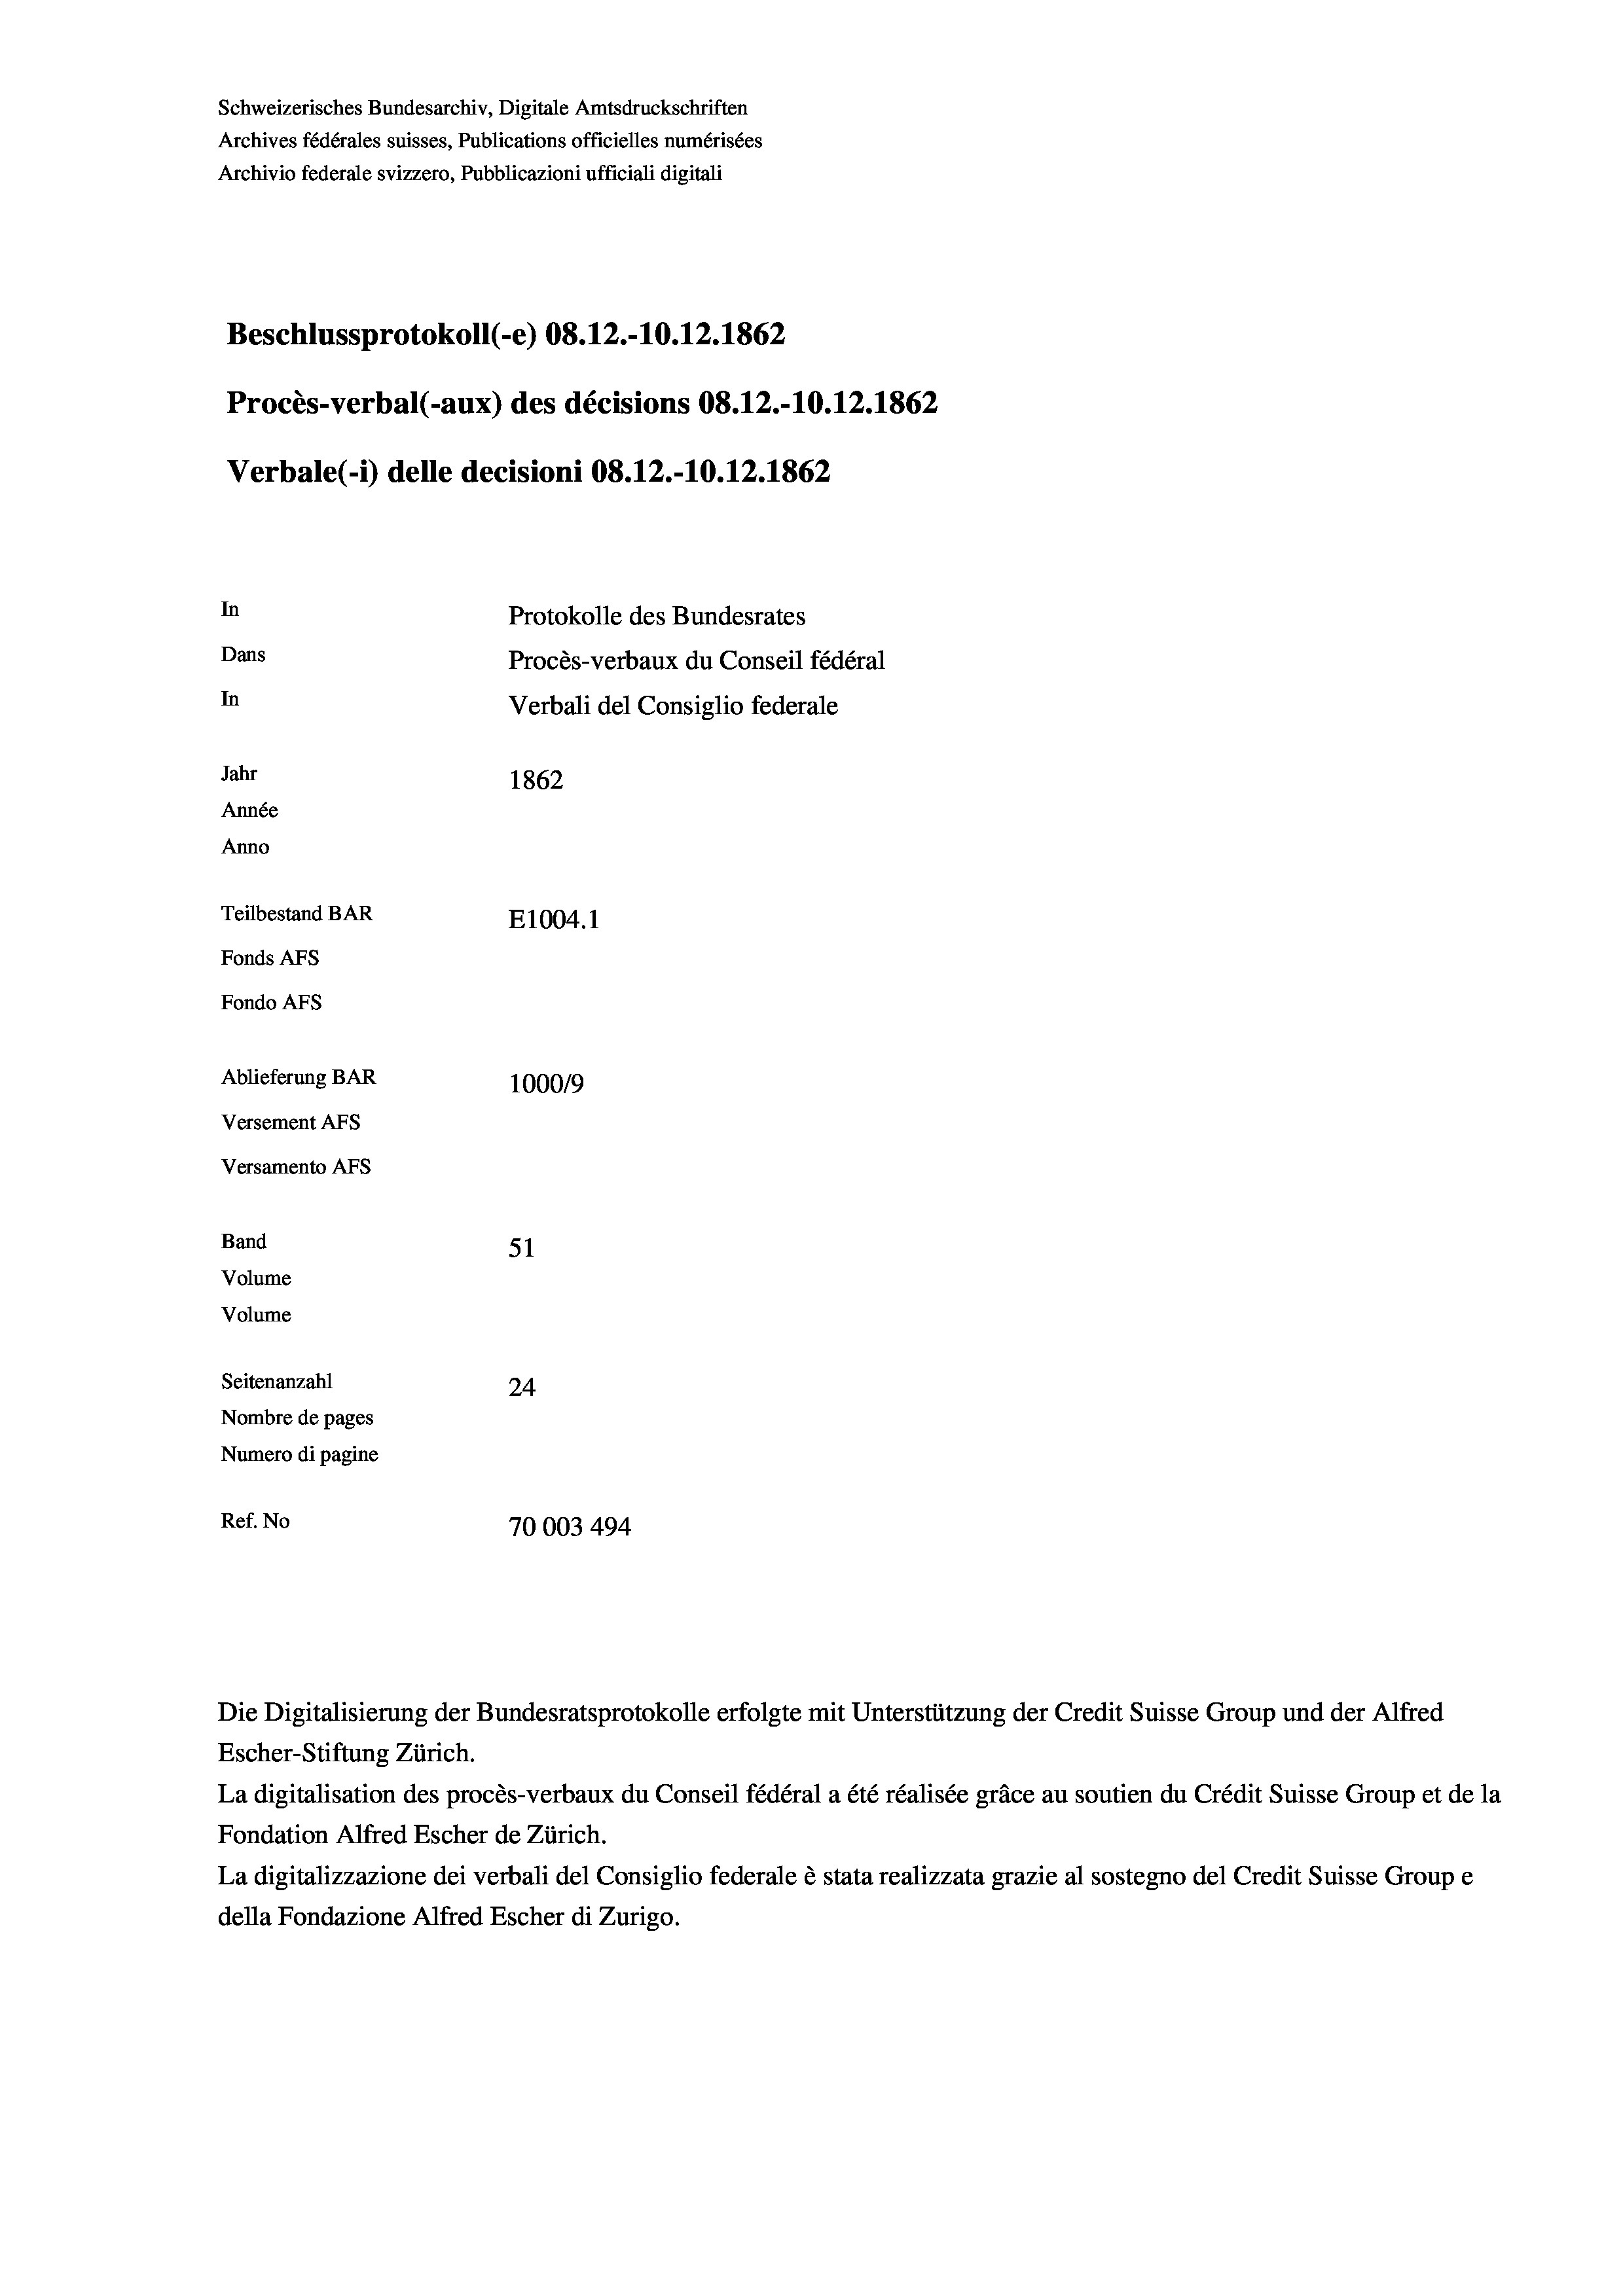
Schweizerisches Bundesarchiv, Digitale Amtsdruckschriften
Archives fédérales suisses, Publications officielles numérisées
Archivio federale svizzero, Pubblicazioni ufficiali digitali
Beschlussprotokoll (-e) 08.12.-10.12.1862
Procès-verbal (-aux) des décisions 08.12.-10.12.1862
Verbale(-*) delle decisioni 08. 12.-10. 12. 1862
In
Protokolle des Bundesrates
Dans
Procès-verbaux du Conseil fédéral
In
Verbali del Consiglio federale
Jahr
1862
Année
Anno
Teilbestand BAR
E1004. 1
Fonds AFs
Fondo AFs
Ablieferung BAR
1000/9
Versement AFs
Versamento Afs
Band
51
Volume
Volume
Seitenanzahl
24

Nombre de pages
Numero di pagine
Ref. No
70003 494

Escher-Stiftung Zürich.
La digitalisation des procès-verbaux du Conseil fédéral a été réalisée gräce au soutien du Crédit Suisse Group et de la
Fondation Alfred Escher de Zürich.
La digitalizzazione dei verbali del Consiglio federale è stata realizzata grazie al sostegno del Credit Suisse Groupe
della Fondazione Alfred Escher di Zurigo.

Die Digitalisierung der Bundesratsprotokolle erfolgte mit Unterstützung der Credit Suisse Group und der Alfred